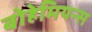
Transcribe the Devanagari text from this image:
बोहेमियन्स